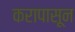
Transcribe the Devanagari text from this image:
करापासून